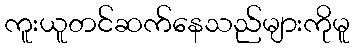
ကူးယူတင်ဆက်နေသည်များကိုမူ